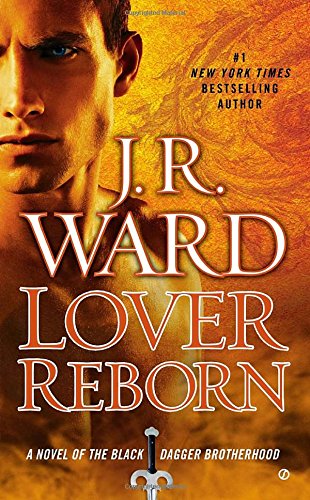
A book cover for Lover Reborn: A Novel of the Black Dagger Brotherhood; J.R. Ward; Romance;